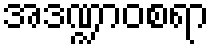
အဒဏ္ဍာဝစရာ